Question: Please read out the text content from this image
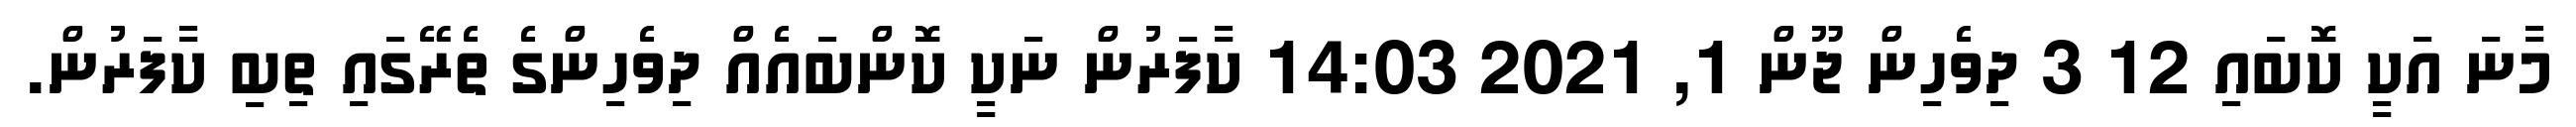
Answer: މާނަ އަކީ ކޮބައި 12 3 ދިވެހިން ޖޫން 1, 2021 14:03 ކާފަރުން ނަކީ ކޮންބައެއް ދިވެހިންގެ ތެރޭގައި ތިބި ކާފަރުން.